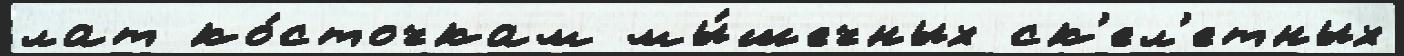
лат ко́сточкам мы́шечных ск'ел'етных